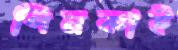
পিনকাই